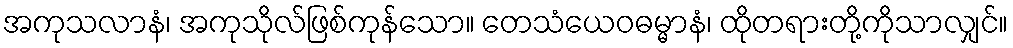
အကုသလာနံ၊ အကုသိုလ်ဖြစ်ကုန်သော။ တေသံယေဝဓမ္မာနံ၊ ထိုတရားတို့ကိုသာလျှင်။